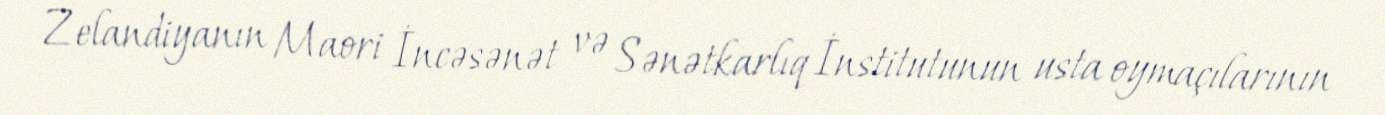
Zelandiyanın Maori İncəsənət və Sənətkarlıq İnstitutunun usta oymaçılarının